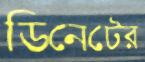
ডিনেটের